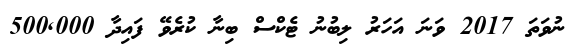
ނުވަތަ 2017 ވަނަ އަހަރު ލިބުނު ޓެކްސް ބިނާ ކުރެވޭ ފައިދާ 500